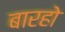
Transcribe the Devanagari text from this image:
बारहो